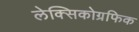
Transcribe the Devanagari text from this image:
लेक्सिकोग्रफिक